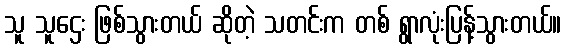
သူ သူဌေး ဖြစ်သွားတယ် ဆိုတဲ့ သတင်းက တစ် ရွာလုံးပြန့်သွားတယ်။